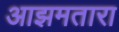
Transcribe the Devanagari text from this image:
आझमतारा